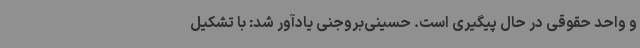
و واحد حقوقی در حال پیگیری است. حسینی‌بروجنی یادآور شد: با تشکیل